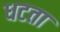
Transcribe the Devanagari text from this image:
धटता